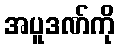
အပူဒဏ်ကို